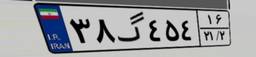
۳۸گ۴۵۴۱۶